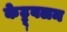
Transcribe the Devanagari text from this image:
केट्टूवलम